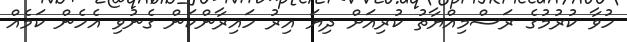
ހުވާ ކުރުމުގެ ރަސްމިއްޔާތު ކުރިއަށް ދިޔަ އިރު ހައިރާންކަން ގެނުވި އެހެން ކަމެއް